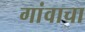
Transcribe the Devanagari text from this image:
गांवाचा